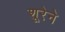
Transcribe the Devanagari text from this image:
शूरेने